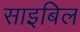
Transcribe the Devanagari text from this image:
साइबिल